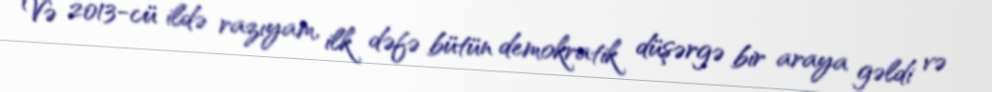
Və 2013-cü ildə razıyam, ilk dəfə bütün demokratik düşərgə bir araya gəldi və